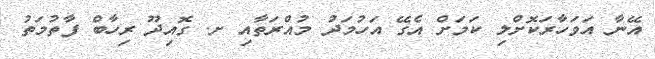
އޭނާ އަވަހާރަކޮށްލި ކަމަށް އެގޭ އަހުމަދު މުއްރަތާއި ށ. ގޮއިދޫ ރިހާބް ފާތުމަތު